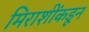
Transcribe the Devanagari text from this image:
मिराशींकडून